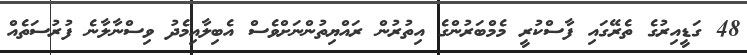
48 ގަޑީއިރުގެ ތެރޭގައި ފާސްކުރީ މެމްބަރުންގެ އިތުރުން ރައްޔިތުންނަށްވެސް އެބިލާއިމެދު ވިސްނާލާނެ ފުރުސަތެއް